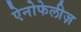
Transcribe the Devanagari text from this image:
ऐनोफेलीज़